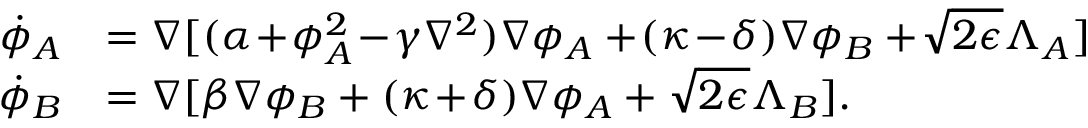
\begin{array} { r l } { \! \dot { \phi } _ { A } } & { = \nabla [ ( \alpha \! + \! \phi _ { A } ^ { 2 } \! - \! \gamma \nabla ^ { 2 } ) \nabla \phi _ { A } + \! ( \kappa \! - \! \delta ) \nabla \phi _ { B } + \! \sqrt { 2 \epsilon } \Lambda _ { A } ] } \\ { \! \dot { \phi } _ { B } } & { = \nabla [ \beta \nabla \phi _ { B } + ( \kappa \! + \! \delta ) \nabla \phi _ { A } + \sqrt { 2 \epsilon } \Lambda _ { B } ] . } \end{array}